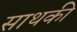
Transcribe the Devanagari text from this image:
साथकी